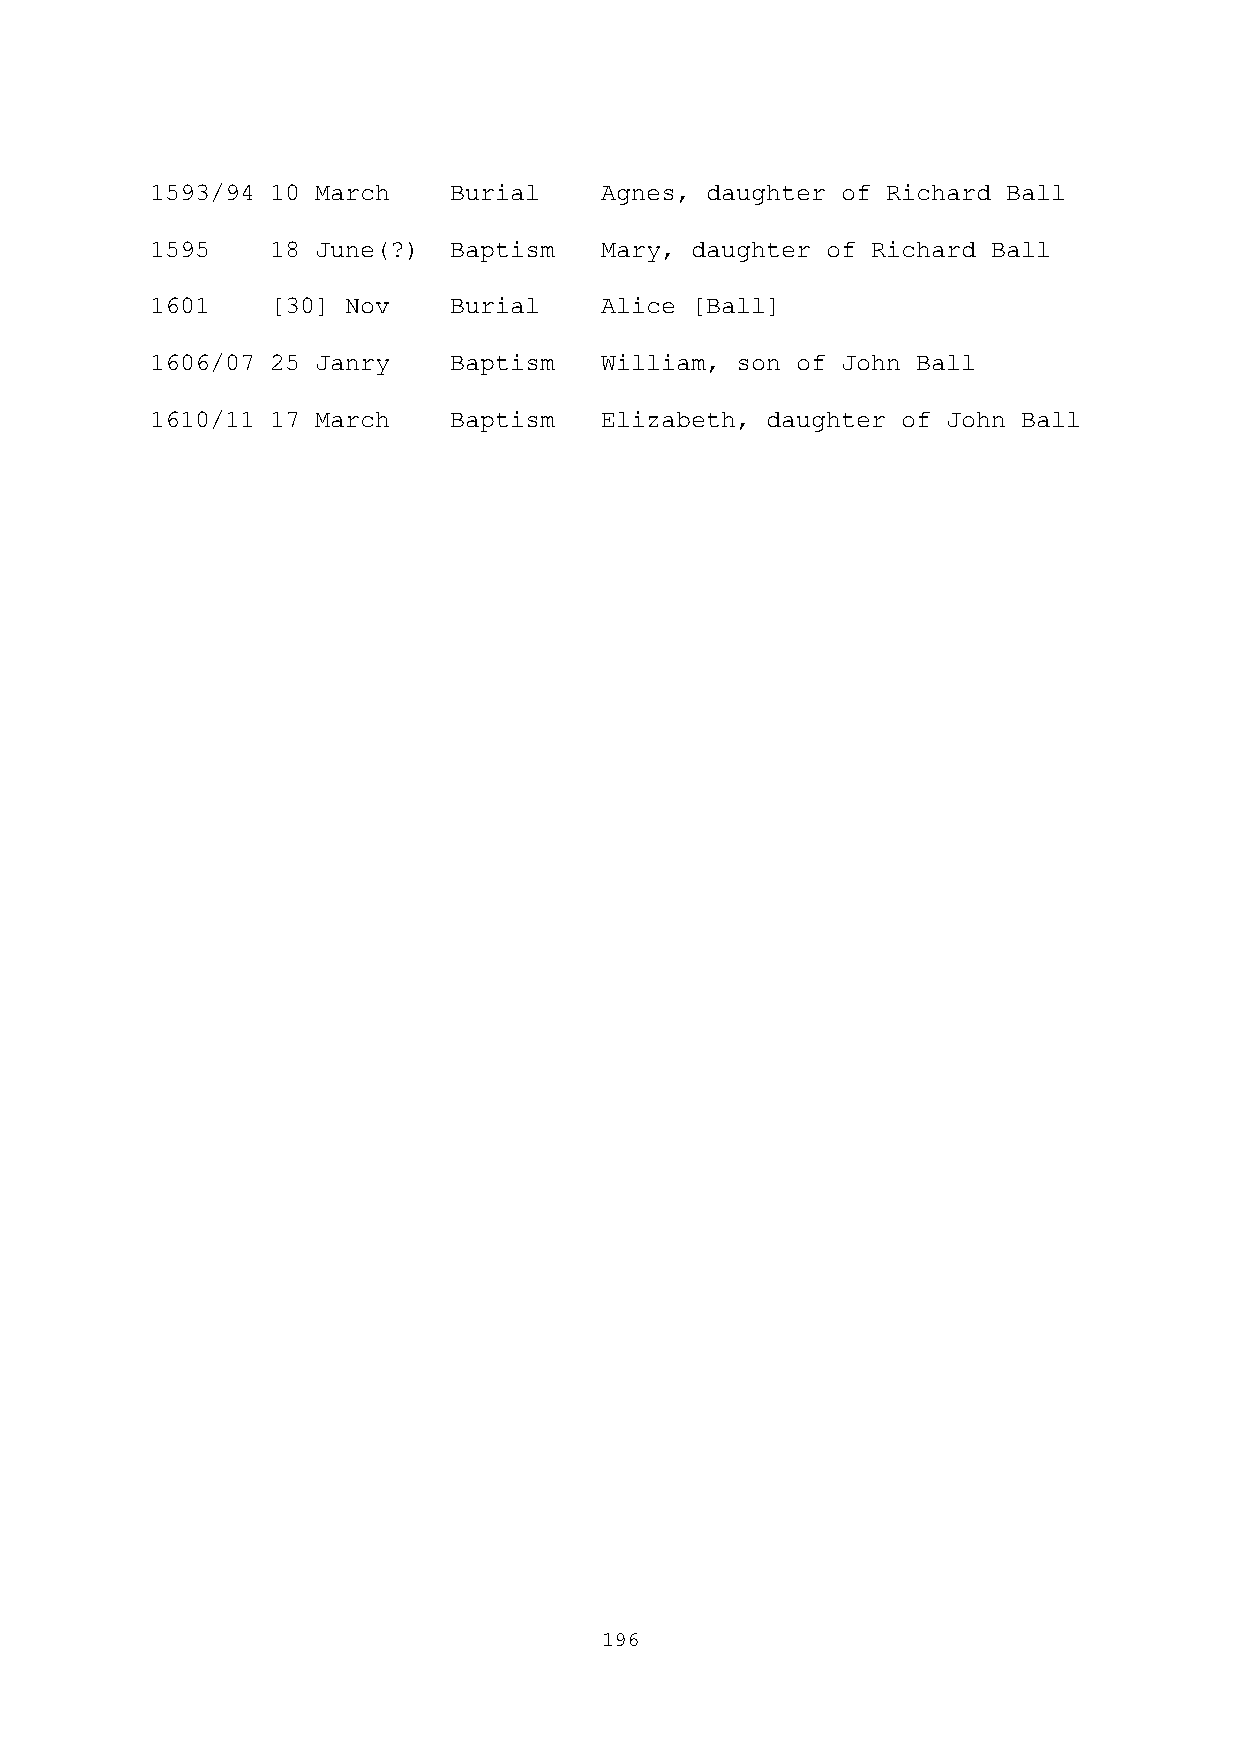
1593/94 10 March    Burial    Agnes, daughter of Richard Ball
 1595    18 June(?)  Baptism   Mary, daughter of Richard Ball
 1601    [30] Nov    Burial    Alice [Ball]
 1606/07 25 Janry    Baptism   William, son of John Ball
 1610/11 17 March    Baptism   Elizabeth, daughter of John Ball
 196